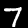
Label: 7